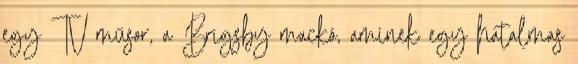
egy TV műsor, a Brigsby mackó, aminek egy hatalmas